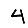
Digit: 4